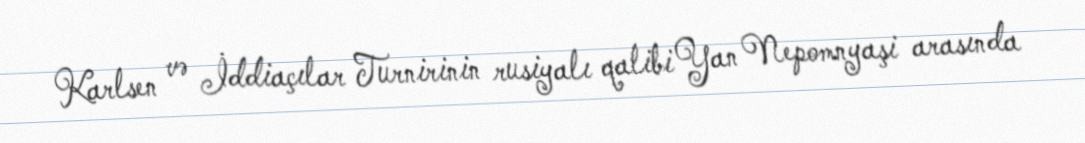
Karlsen və İddiaçılar Turnirinin rusiyalı qalibi Yan Nepomnyaşi arasında